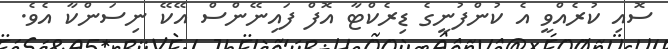
ސޮއި ކުރެއްވީ އެ ކުންފުނީގެ ޑިރެކްޓާ އޮފް ފައިނޭންސް އޭކޭ ނިސަންކާ އެވެ.